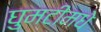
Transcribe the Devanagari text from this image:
घुमटीमधे